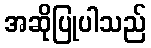
အဆိုပြုပါသည်